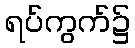
ရပ်ကွက်၌